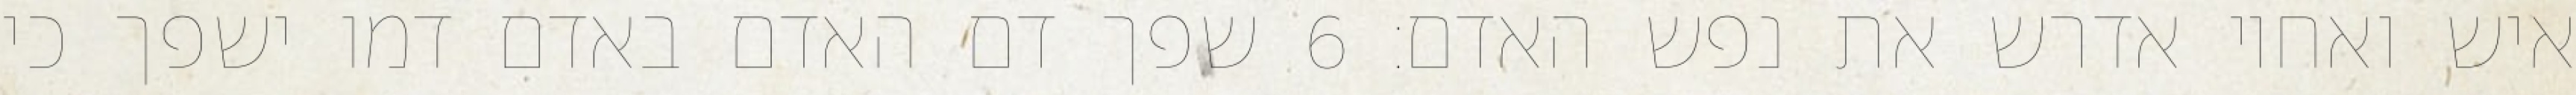
איש ואחיו אדרש את נפש האדם׃ ‎6‏ שפך דם האדם באדם דמו ישפך כי